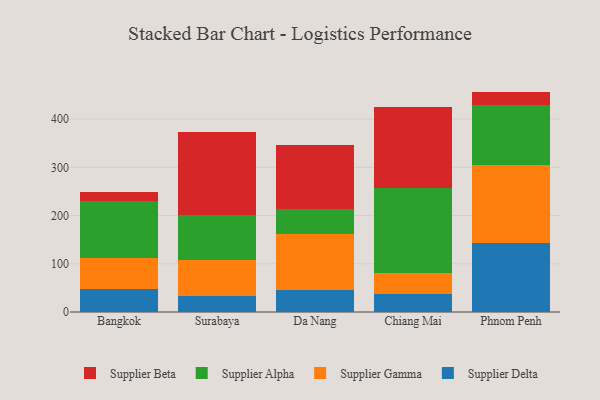
{"axis": {"x": "City", "y": "Gross Profit (USD K)"}, "legend": ["Supplier Alpha", "Supplier Beta", "Supplier Delta", "Supplier Gamma"], "data": [{"x": "Bangkok", "y": 48.5, "type": "Supplier Delta"}, {"x": "Bangkok", "y": 63.8, "type": "Supplier Gamma"}, {"x": "Bangkok", "y": 117.0, "type": "Supplier Alpha"}, {"x": "Bangkok", "y": 18.8, "type": "Supplier Beta"}, {"x": "Surabaya", "y": 34.0, "type": "Supplier Delta"}, {"x": "Surabaya", "y": 72.9, "type": "Supplier Gamma"}, {"x": "Surabaya", "y": 93.8, "type": "Supplier Alpha"}, {"x": "Surabaya", "y": 172.4, "type": "Supplier Beta"}, {"x": "Da Nang", "y": 45.1, "type": "Supplier Delta"}, {"x": "Da Nang", "y": 116.0, "type": "Supplier Gamma"}, {"x": "Da Nang", "y": 53.0, "type": "Supplier Alpha"}, {"x": "Da Nang", "y": 132.0, "type": "Supplier Beta"}, {"x": "Chiang Mai", "y": 37.8, "type": "Supplier Delta"}, {"x": "Chiang Mai", "y": 43.9, "type": "Supplier Gamma"}, {"x": "Chiang Mai", "y": 175.4, "type": "Supplier Alpha"}, {"x": "Chiang Mai", "y": 168.2, "type": "Supplier Beta"}, {"x": "Phnom Penh", "y": 142.2, "type": "Supplier Delta"}, {"x": "Phnom Penh", "y": 163.5, "type": "Supplier Gamma"}, {"x": "Phnom Penh", "y": 123.6, "type": "Supplier Alpha"}, {"x": "Phnom Penh", "y": 27.9, "type": "Supplier Beta"}]}